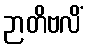
ဉာတိဗလိံ